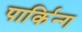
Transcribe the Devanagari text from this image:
पार्किन्ग